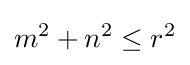
m^{2}+n^{2}\leq r^{2}